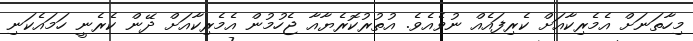
މިހާތަނަށް އެމެރިކާއަށް ކެރިފައެއް ނުވެއެވެ. އުތުރުކޮރެޔާއާ ޖެހުމުން އެމެރިކާއަށް ދޭން ކެރެނީ ހަމައެކަނި